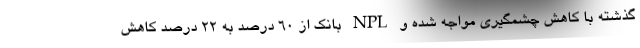
گذشته با کاهش چشمگیری مواجه شده و NPL بانک از 60 درصد به 22 درصد کاهش